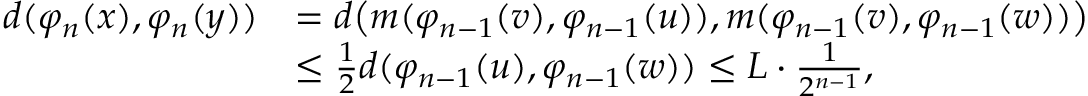
\begin{array} { r l } { d ( \varphi _ { n } ( x ) , \varphi _ { n } ( y ) ) } & { = d \big ( m ( \varphi _ { n - 1 } ( v ) , \varphi _ { n - 1 } ( u ) ) , m ( \varphi _ { n - 1 } ( v ) , \varphi _ { n - 1 } ( w ) ) \big ) } \\ & { \leq \frac { 1 } { 2 } d ( \varphi _ { n - 1 } ( u ) , \varphi _ { n - 1 } ( w ) ) \leq L \cdot \frac { 1 } { 2 ^ { n - 1 } } , } \end{array}